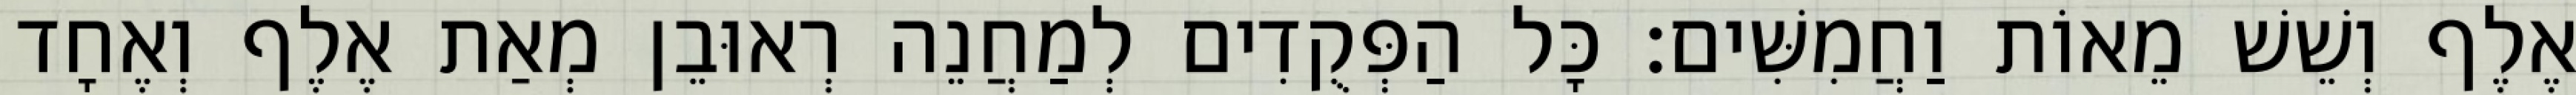
אֶלֶף וְשֵׁשׁ מֵאוֹת וַחֲמִשִּׁים׃ כָּל הַפְּקֻדִים לְמַחֲנֵה רְאוּבֵן מְאַת אֶלֶף וְאֶחָד